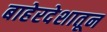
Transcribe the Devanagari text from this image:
बाहेरदेशातून